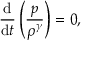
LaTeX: { \frac { \mathrm { d } } { \mathrm { d } t } } \left( { \frac { p } { \rho ^ { \gamma } } } \right) = 0 ,